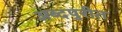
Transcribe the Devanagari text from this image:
अब्दपुरीत